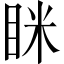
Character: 眯